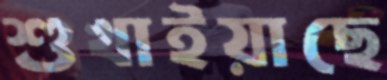
শুখাইয়াছে